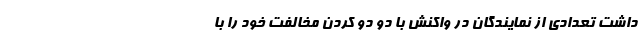
داشت تعدادی از نمایندگان در واکنش با دو دو کردن مخالفت خود را با